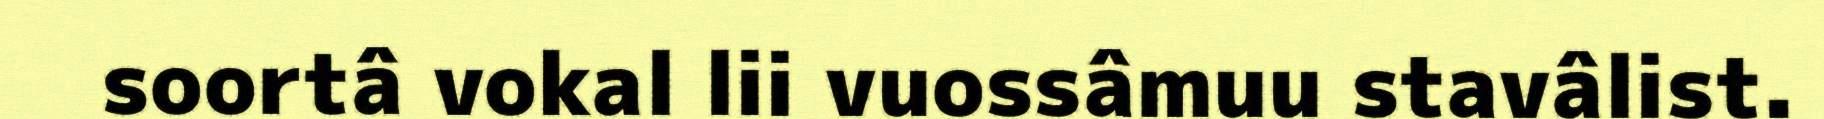
soortâ vokal lii vuossâmuu stavâlist.